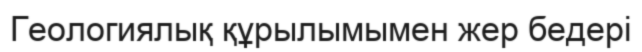
Геологиялық құрылымымен жер бедері